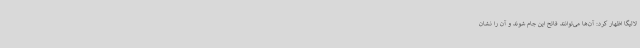
لالیگا اظهار کرد: آن‌ها می‌توانند فاتح این جام شوند و آن را نشان